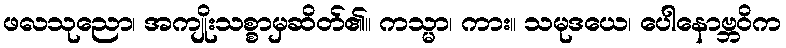
ဖလသုညော၊ အကျိုးသစ္စာမှဆိတ်၏။ ကသ္မာ၊ ကား။ သမုဒယေ၊ ပေါနောဗ္ဘဝိက